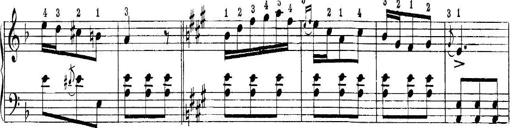
Title: Quatres sonatines
Composer: Tadeusz Joteyko